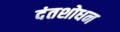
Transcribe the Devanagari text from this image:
दंतशोधन